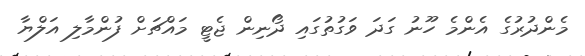
މެންދުރުގެ އެންމެ ހޫނު ގަދަ ވަގުތުގައި ދޯނިން ޖެޓީ މައްޗަށް ފުންމާލި އަލްޔާ